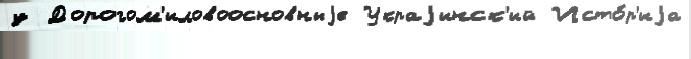
у Дорогом'иловоосновныjе Украjинск'ий Исто́р'иjа